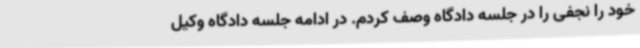
خود را نجفی را در جلسه دادگاه وصف کردم. در ادامه جلسه دادگاه وکیل